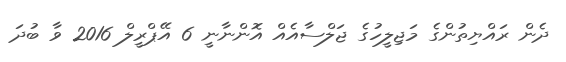
ދެން ރައްޔިތުންގެ މަޖިލީހުގެ ޖަލްސާއެއް އޮންނާނީ 6 އޭޕްރީލް 2016 ވާ ބުދަ